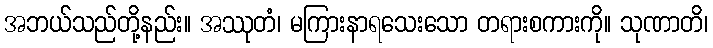
အဘယ်သည်တို့နည်း။ အဿုတံ၊ မကြားနာရသေးသော တရားစကားကို။ သုဏာတိ၊